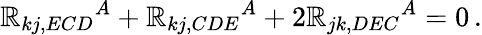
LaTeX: \mathbb{R}_{kj,ECD}{}^{A}+\mathbb{R}_{kj,CDE}{}^{A}+2\mathbb{R}_{jk,DEC}{}^{A}=0\, .